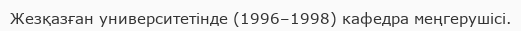
Жезқазған университетінде (1996–1998) кафедра меңгерушісі.